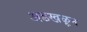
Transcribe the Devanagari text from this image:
अडखळून